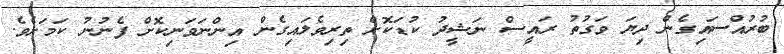
ބުރުއްސައިގެން ދިޔަ ވަގުތު ރައީސް ނަޝީދު ކުޑަކޮށް ތިރިވެލައިގެން އިންނަވަނިކޮށް ފެނުނު ކަމަށެވެ.